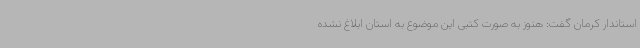
استاندار کرمان گفت: هنوز به صورت کتبی این موضوع به استان ابلاغ نشده